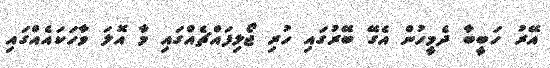
އޭރު ހަބީބާ ދެމީހުން އެގޭ ބޭރުގައި ހުރި ޖޯލިފައްޗެއްގައި މާ އޮލަ ވާހަކައެއްގައި